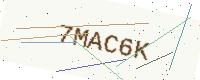
Text: 7MAC6K